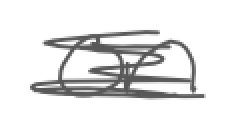
Text: on
Cross-out: scratch
Writing tool: digital_gray